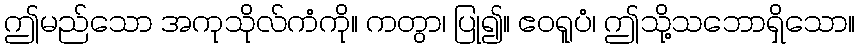
ဤမည်သော အကုသိုလ်ကံကို။ ကတွာ၊ ပြု၍။ ဧဝရူပံ၊ ဤသို့သဘောရှိသော။